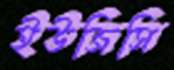
ইউজিসি